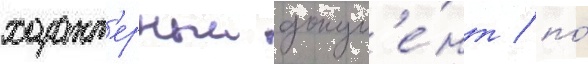
характ'ерныи докум'е́нт / по́